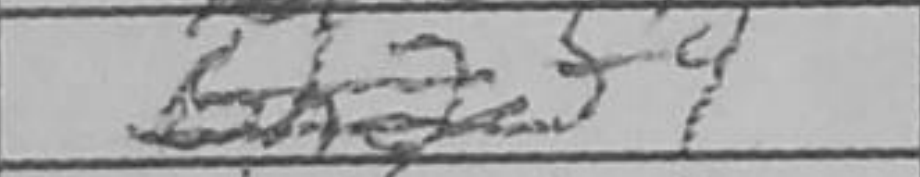
Transcription: f4